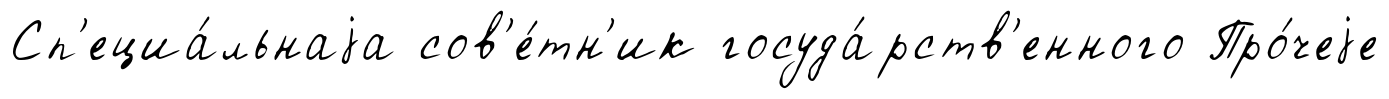
Сп'ециа́льнаjа сов'е́тн'ик госуда́рств'енного Про́чеjе